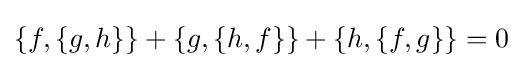
\{f,\{g,h\}\}+\{g,\{h,f\}\}+\{h,\{f,g\}\}=0